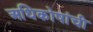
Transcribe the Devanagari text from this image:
अधिकोषांची